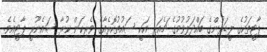
ޕާޓީތަކުގެ ލީޑަރުންގެ ބައްދަލުވުމުގެ ޗެއަރ އަކީ ސައުތުކޮރެއާގެ ވެރިކަން ކުރާ ސައެނޫރީ ޕާޓީއެވެ.